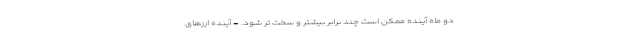
دو ماه آینده ممکن است چند برابر بیشتر و سخت تر شود. - آینده ارزهای